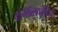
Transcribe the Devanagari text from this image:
कॉनवॉलवुलेसिई